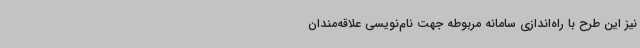
نیز این طرح با راه‌اندازی سامانه مربوطه جهت نام‌نویسی علاقه‌مندان